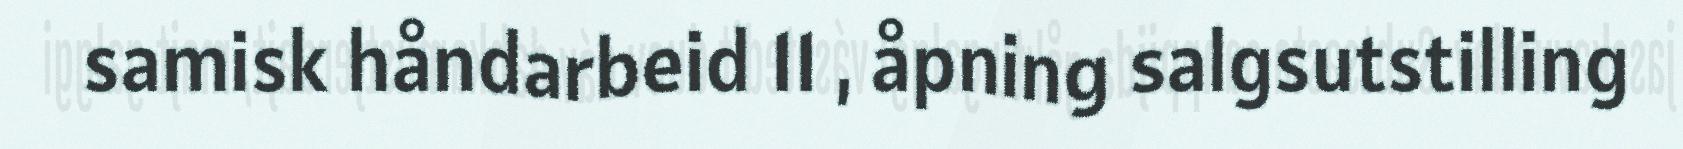
samisk håndarbeid 11 , åpning salgsutstilling